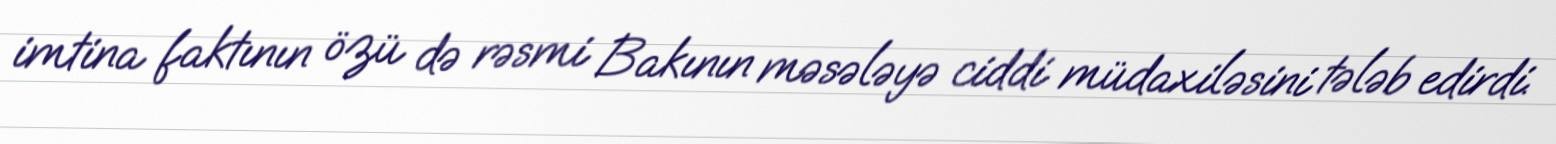
imtina faktının özü də rəsmi Bakının məsələyə ciddi müdaxiləsini tələb edirdi.